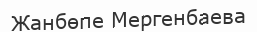
Жанбөпе Мергенбаева